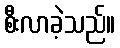
စီးလာခဲ့သည်။